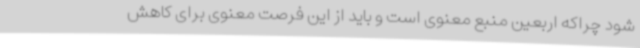
شود چراکه اربعین منبع معنوی است و باید از این فرصت معنوی برای کاهش